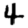
Digit: 4